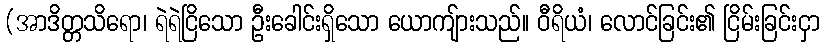
(အာဒိတ္တသိရော၊ ရဲရဲငြိသော ဦးခေါင်းရှိသော ယောကျ်ားသည်။ ဝီရိယံ၊ လောင်ခြင်း၏ ငြိမ်းခြင်းငှာ